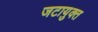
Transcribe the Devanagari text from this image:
जटायुक्त